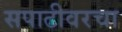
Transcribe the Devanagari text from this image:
सपाटीवरचा